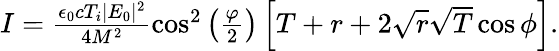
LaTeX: \begin{array}{r}{I=\frac{\epsilon_{0}cT_{i}|E_{0}|^{2}}{4M^{2}}\cos^{2}\left(\frac{\varphi}{2}\right)\left[T+r+2\sqrt{r}\sqrt{T}\cos\phi\right].}\end{array}